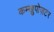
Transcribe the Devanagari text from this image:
कम्खुपोज़टर